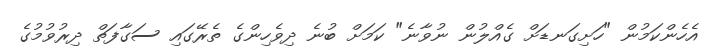
އެހެންކަމުން "ހަށިގަނޑަށް ގެއްލުން ނުވާނެ" ކަމަށް ބުނެ ދިވެހިންގެ ތެރޭގައި ސަގާފަތް ދިރުވުމުގެ